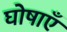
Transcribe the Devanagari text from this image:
घोषाएँ